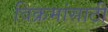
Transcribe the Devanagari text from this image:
विक्रमांसाठी